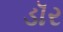
ડૉર